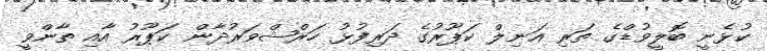
ކުޅެނީ ބޮލީވުޑްގެ ތަރި އަނިލް ކަޕޫރުގެ ދަރިފުޅު ހަރްޝްވަރުދާން ކަޕޫރު އާއި ތާންވީ